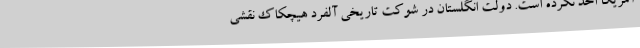
آمریکا اخذ نکرده است. دولت انگلستان در شوکتِ تاریخی آلفرد هیچکاک نقشی